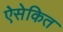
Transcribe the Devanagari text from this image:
ऐसेकित